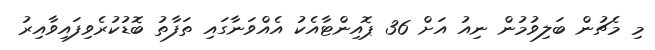
މި މެޗުން ބަލިވުމުން ނިއު އަށް 36 ޕޮއިންޓާއެކު އެއްވަނާގައި ތަފާތު ބޮޑުކުރެވިފައިވާއިރު